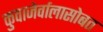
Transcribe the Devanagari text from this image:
कुवाजेर्वालासोबत